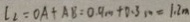
l _ { 2 } = O A + A B = 0 . 9 m + 0 . 3 m = 1 . 2 m